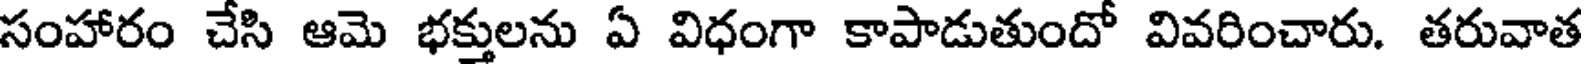
సంహారం చేసి ఆమె భక్తులను ఏ విధంగా కాపాడుతుందో వివరించారు. తరువాత